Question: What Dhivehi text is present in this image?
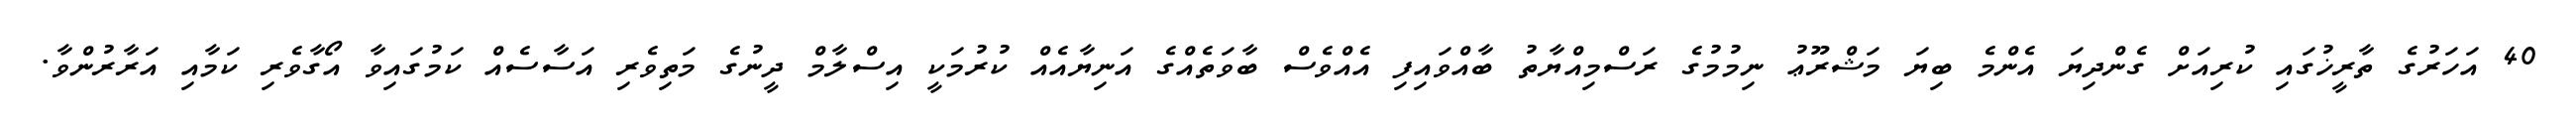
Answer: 40 އަހަރުގެ ތާރީޚުގައި ކުރިއަށް ގެންދިޔަ އެންމެ ބިޔަ މަޝްރޫޢު ނިމުމުގެ ރަސްމިއްޔާތު ބާއްވައިފި އެއްވެސް ބާވަތެއްގެ އަނިޔާއެއް ކުރުމަކީ އިސްލާމް ދީނުގެ މަތިވެރި އަސާސެއް ކަމުގައިވާ އޯގާވެރި ކަމާއި އަރާރުންވާ.